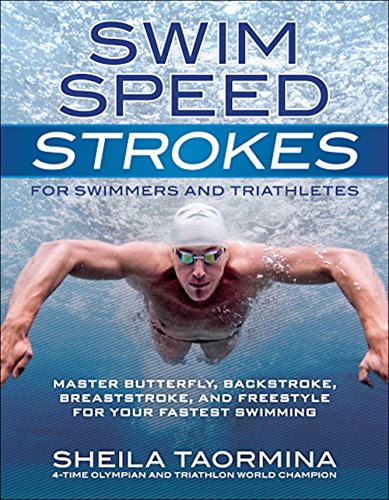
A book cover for Swim Speed Strokes for Swimmers and Triathletes: Master Freestyle, Butterfly, Breaststroke and Backstroke for Your Fastest Swimming (Swim Speed Series); Sheila Taormina; Health, Fitness & Dieting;